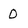
Character: 0